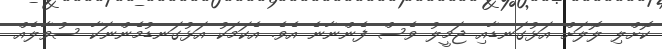
ކޮށްލި ލޮލަށް އަޅުގަނޑާއި ޖަމީލު ވެސް ފެންނާނެ އެވެ. އެކަމަކު އަޅުގަނޑުމެންނަކާ ސުވާލެއް